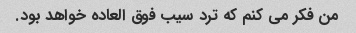
من فکر می کنم که ترد سیب فوق العاده خواهد بود.